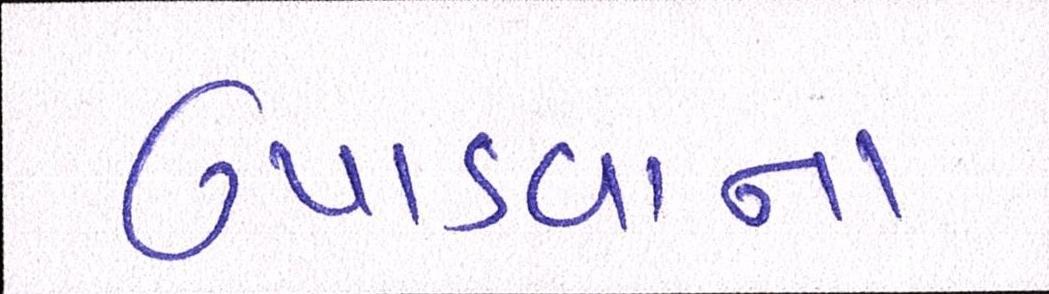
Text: ઉપાડવાના